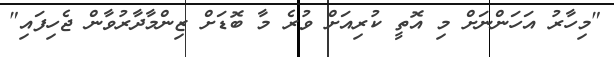
"މިހާރު އަހަންނަށް މި އޮތީ ކުރިއަށް ވުރެ މާ ބޮޑަށް ޒިންމާދާރުވާން ޖެހިފައި"